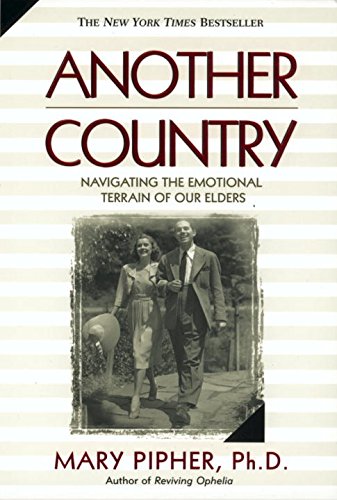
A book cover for Another Country: Navigating the Emotional Terrain of Our Elders; Mary Pipher; Parenting & Relationships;